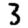
Digit: 3